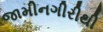
જામીનગીરીથી